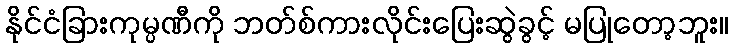
နိုင်ငံခြားကုမ္ပဏီကို ဘတ်စ်ကားလိုင်းပြေးဆွဲခွင့် မပြုတော့ဘူး။